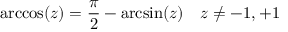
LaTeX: \operatorname { a r c c o s } ( z ) = { \frac { \pi } { 2 } } - \arcsin ( z ) \quad z \neq - 1 , + 1